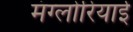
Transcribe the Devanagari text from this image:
मंग्लोरियाई